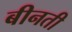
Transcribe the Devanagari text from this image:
बीनती